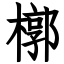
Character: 槨